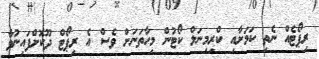
ރިޕޯޓެއް ނެތި ކަމަށާއި ކްރިމިނަލް ކޯޓުން މިހާތަނަށް ވެސް އެ ރިޕޯޓް ދޫކޮށްފައިނުވާ